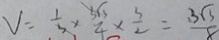
V = \frac { 1 } { 3 } \times \frac { 3 \sqrt { 3 } } { 4 } \times \frac { 3 } { 2 } = \frac { 3 \sqrt { 3 } } { 8 }